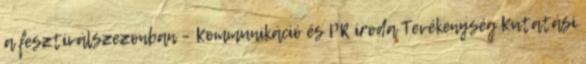
a fesztiválszezonban – Kommunikáció és PR iroda Tevékenység Kutatási